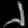
Digit: ၂